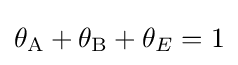
\theta _{\mathrm {A} }+\theta _{\mathrm {B} }+\theta _{E}=1